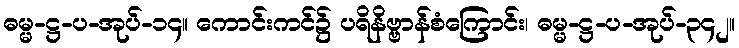
ဓမ္မ-ဋ္ဌ-ပ-အုပ်-၁၄။ ကောင်းကင်၌ ပရိနိဗ္ဗာန်စံကြောင်း၊ ဓမ္မ-ဋ္ဌ-ပ-အုပ်-၃၄၂။